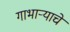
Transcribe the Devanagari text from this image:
गाभाऱ्याचे